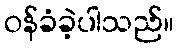
ဝန်ခံခဲ့ပါသည်။